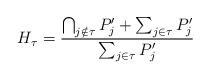
LaTeX: \begin{align*} H_\tau=\frac{\bigcap_{j\notin \tau}P_j'+\sum_{j\in\tau}P_j'}{\sum_{j\in\tau}P_j'} \end{align*}